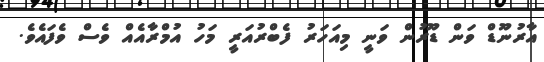
އާރުނޫޑް ވަން ޑޫރުން ވަނީ މިއަހަރު ފެބްރުއަރީ މަހު އުމްރާއެއް ވެސް ވެފައެވެ.